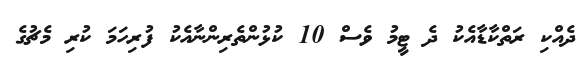
ދެއްކި ރަތްކާޑާއެކު ދެ ޓީމު ވެސް 10 ކުޅުންތެރިންނާއެކު ފުރިހަމަ ކުރި މެޗުގެ